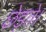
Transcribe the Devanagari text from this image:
छेड़ते।